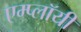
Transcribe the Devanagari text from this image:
एम्प्लॉयी